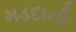
મડદાની